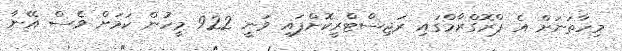
މިހާތަނަށް އެ ޕްރޮގްރާމްގައި ރަޖިސްޓްރީކޮށްފައި ވަނީ 922 މީހުން ކަމަށް ވެސް އޭނާ